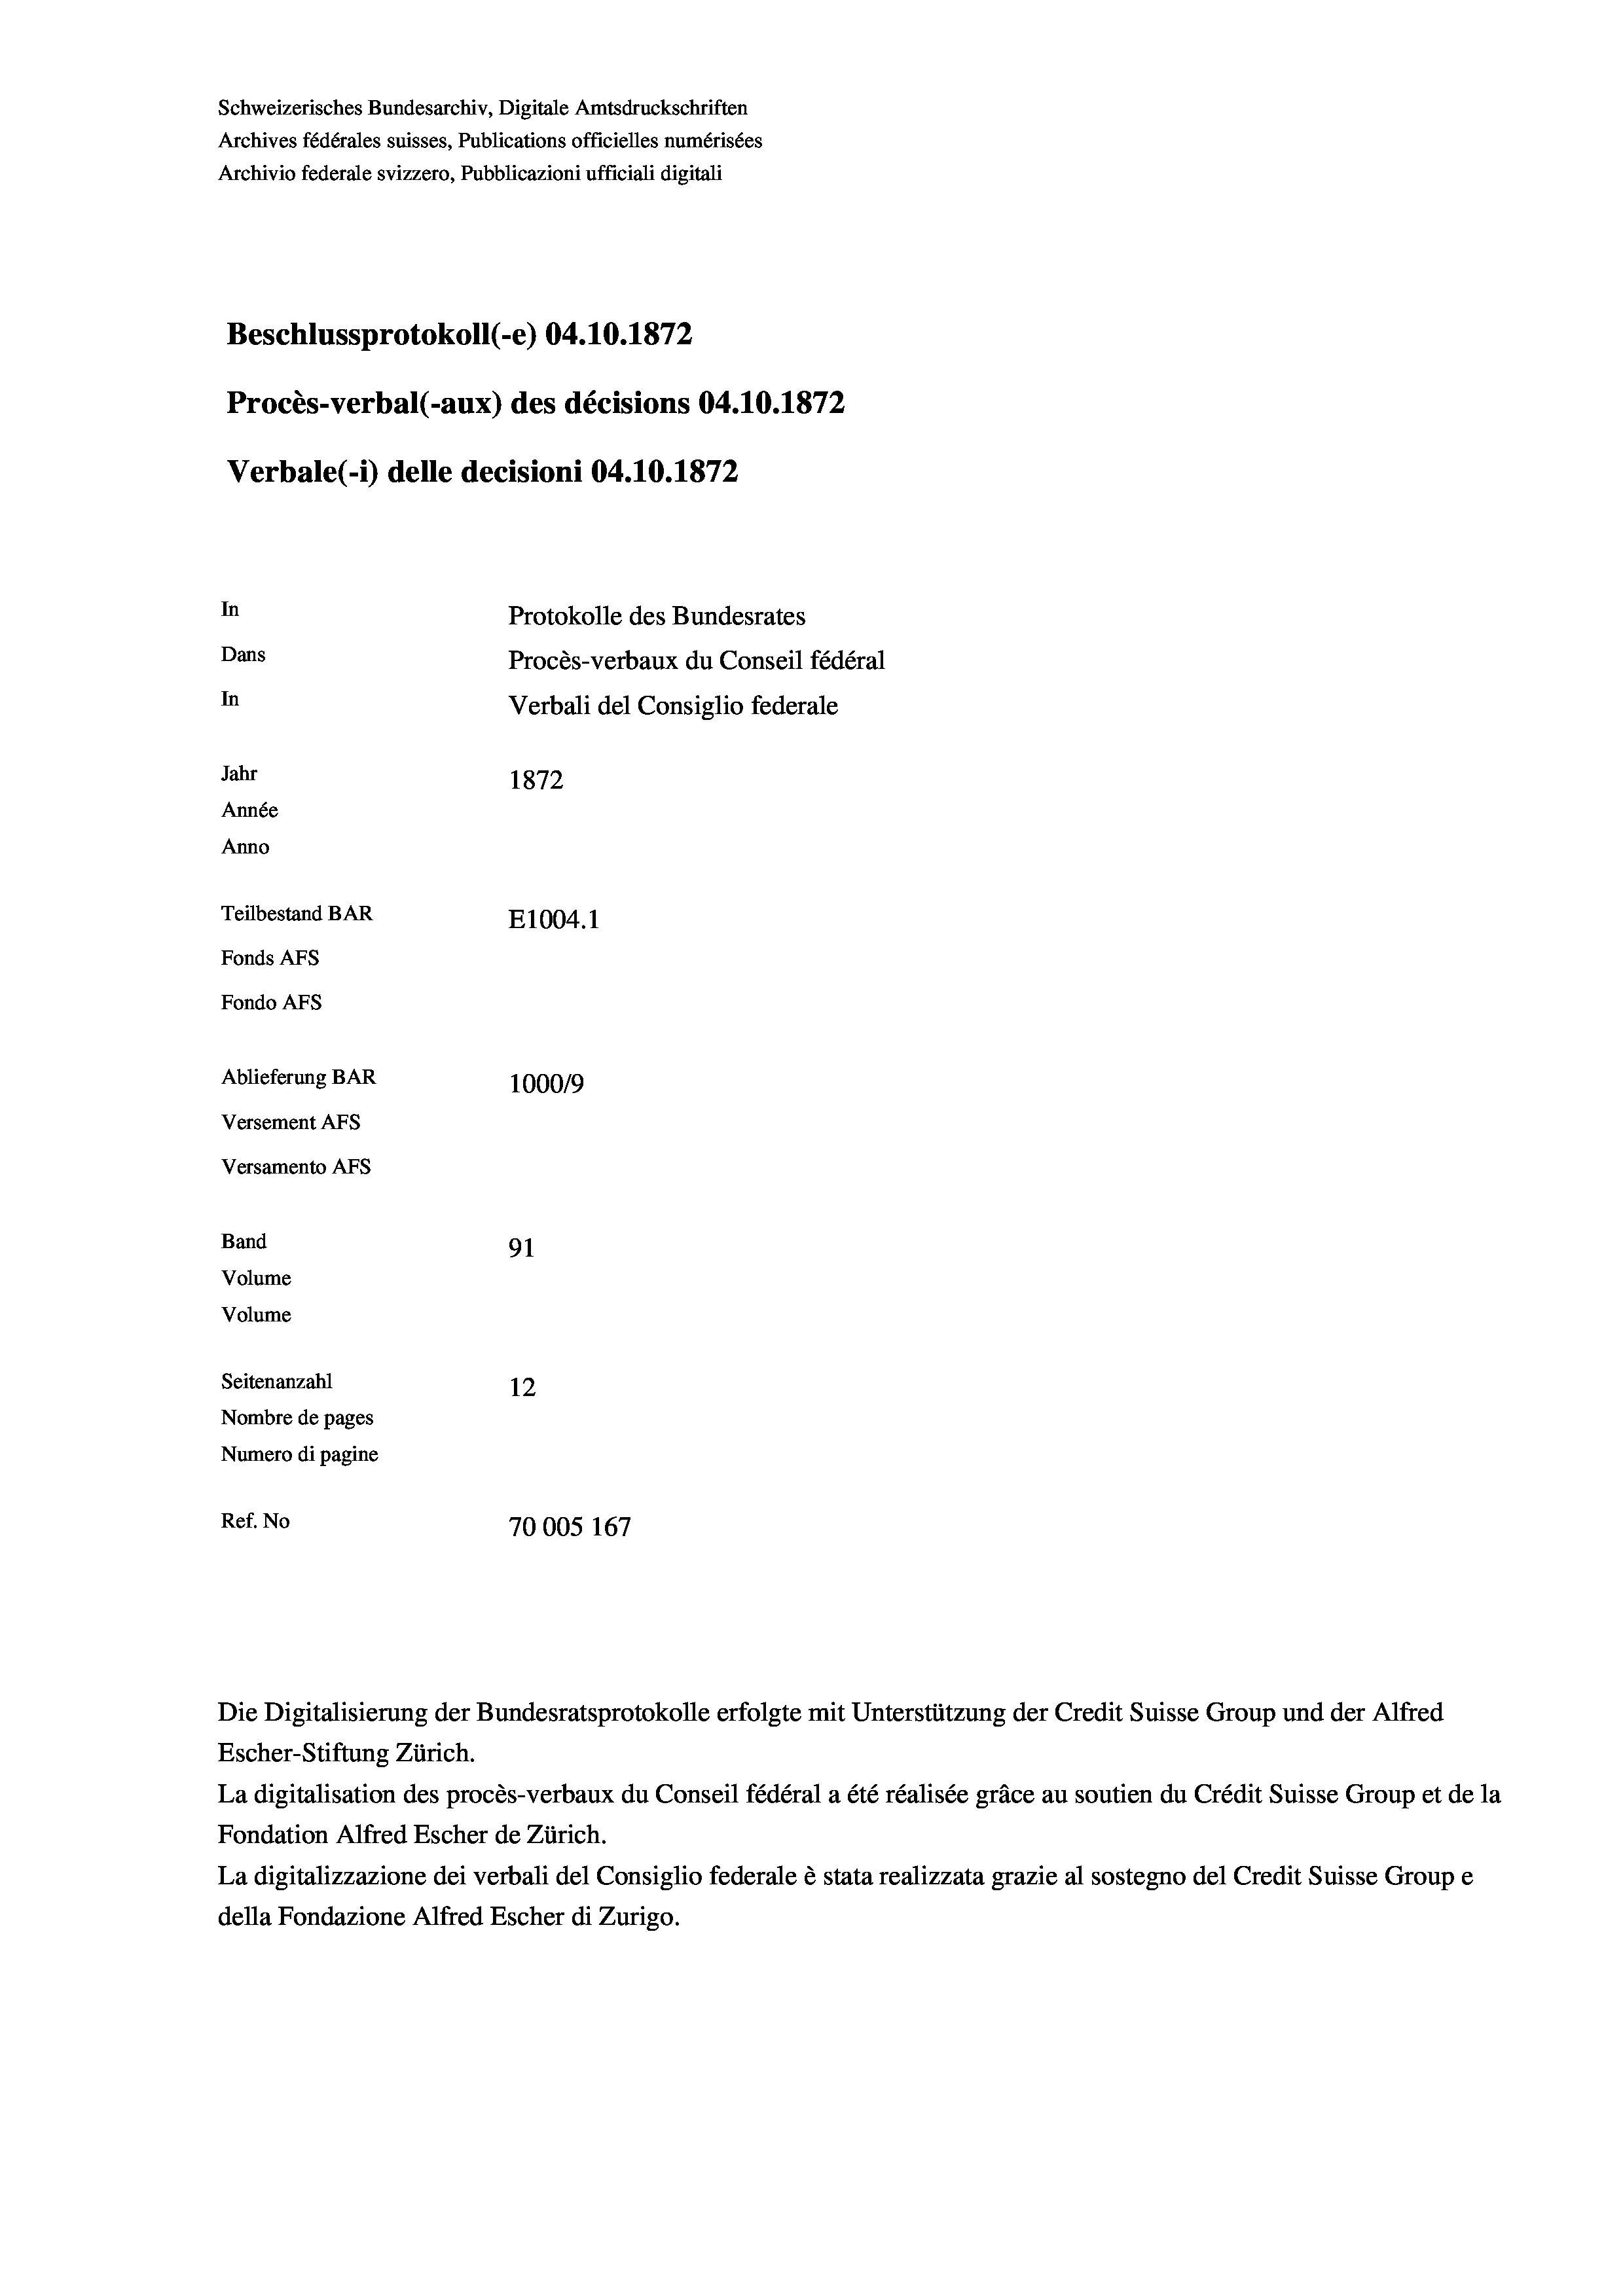
Schweizerisches Bundesarchiv, Digitale Amtsdruckschriften
Archives fédérales suisses, Publications officielles numérisées
Archivio federale svizzero, Pubblicazioni ufficiali digitali
Beschlussprotokoll (-e) 04.10.1872
Procès-verbal (-aux) des décisions 04.10.1872
Verbale (i) delle decisioni 04.10.1872
In
Protokolle des Bundesrates
Dans
Procès-verbaux du Conseil fédéral
In
Verbali del Consiglio federale
Jahr
1872
Année
Anno
Teilbestand BAR
E1004. 1
Fonds Afs
Fondo AFs
Ablieferung BAR
100019
Versement Abs
Versamento Afs
Band
91
Volume
Volume
Seitenanzahl
12
Nombre de pages
Numero di pagine
Ref. No
70005 167

Die Digitalisierung der Bundesratsprotokolle erfolgte mit Unterstützung der Credit Suisse Group und der Alfred

Escher-Stiftung Zürich.
La digitalisation des procès-verbaux du Conseil fédéral a été réalisée gräce au soutien du Crédit Suisse Group et de la
Fondation Alfred Escher de Zürich.
La digitalizzazione dei verbali del Consiglio federale è stata realizzata grazie al sostegno del Credit Suisse Groupe
della Fondazione Alfred Escher di Zurigo.